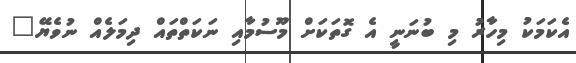
އެކަމަކު މިހާރު މި ބުނަނީ އެ ގޮތަކަށް މޫސުމާއި ނަކަތްތައް ދިމަލެއް ނުވެޔޭ"